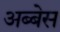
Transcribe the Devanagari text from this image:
अब्बेस